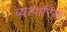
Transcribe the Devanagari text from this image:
ब्यापारिक